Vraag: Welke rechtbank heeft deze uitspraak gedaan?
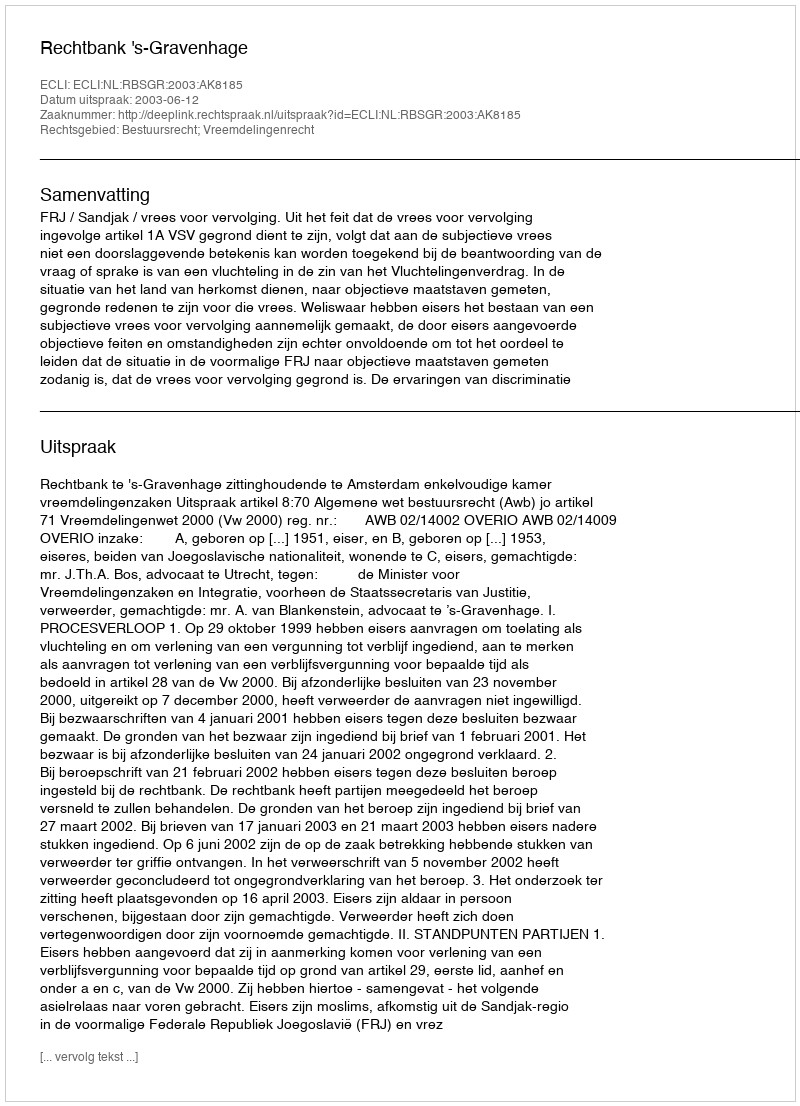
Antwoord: Rechtbank 's-Gravenhage